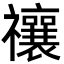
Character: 禳